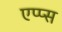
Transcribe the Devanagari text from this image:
एप्प्स